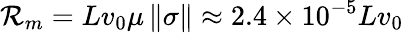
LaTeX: \mathcal{R}_{m}=Lv_{0}\mu\, \| \sigma\| \approx 2.4\times 10^{-5}Lv_{0}